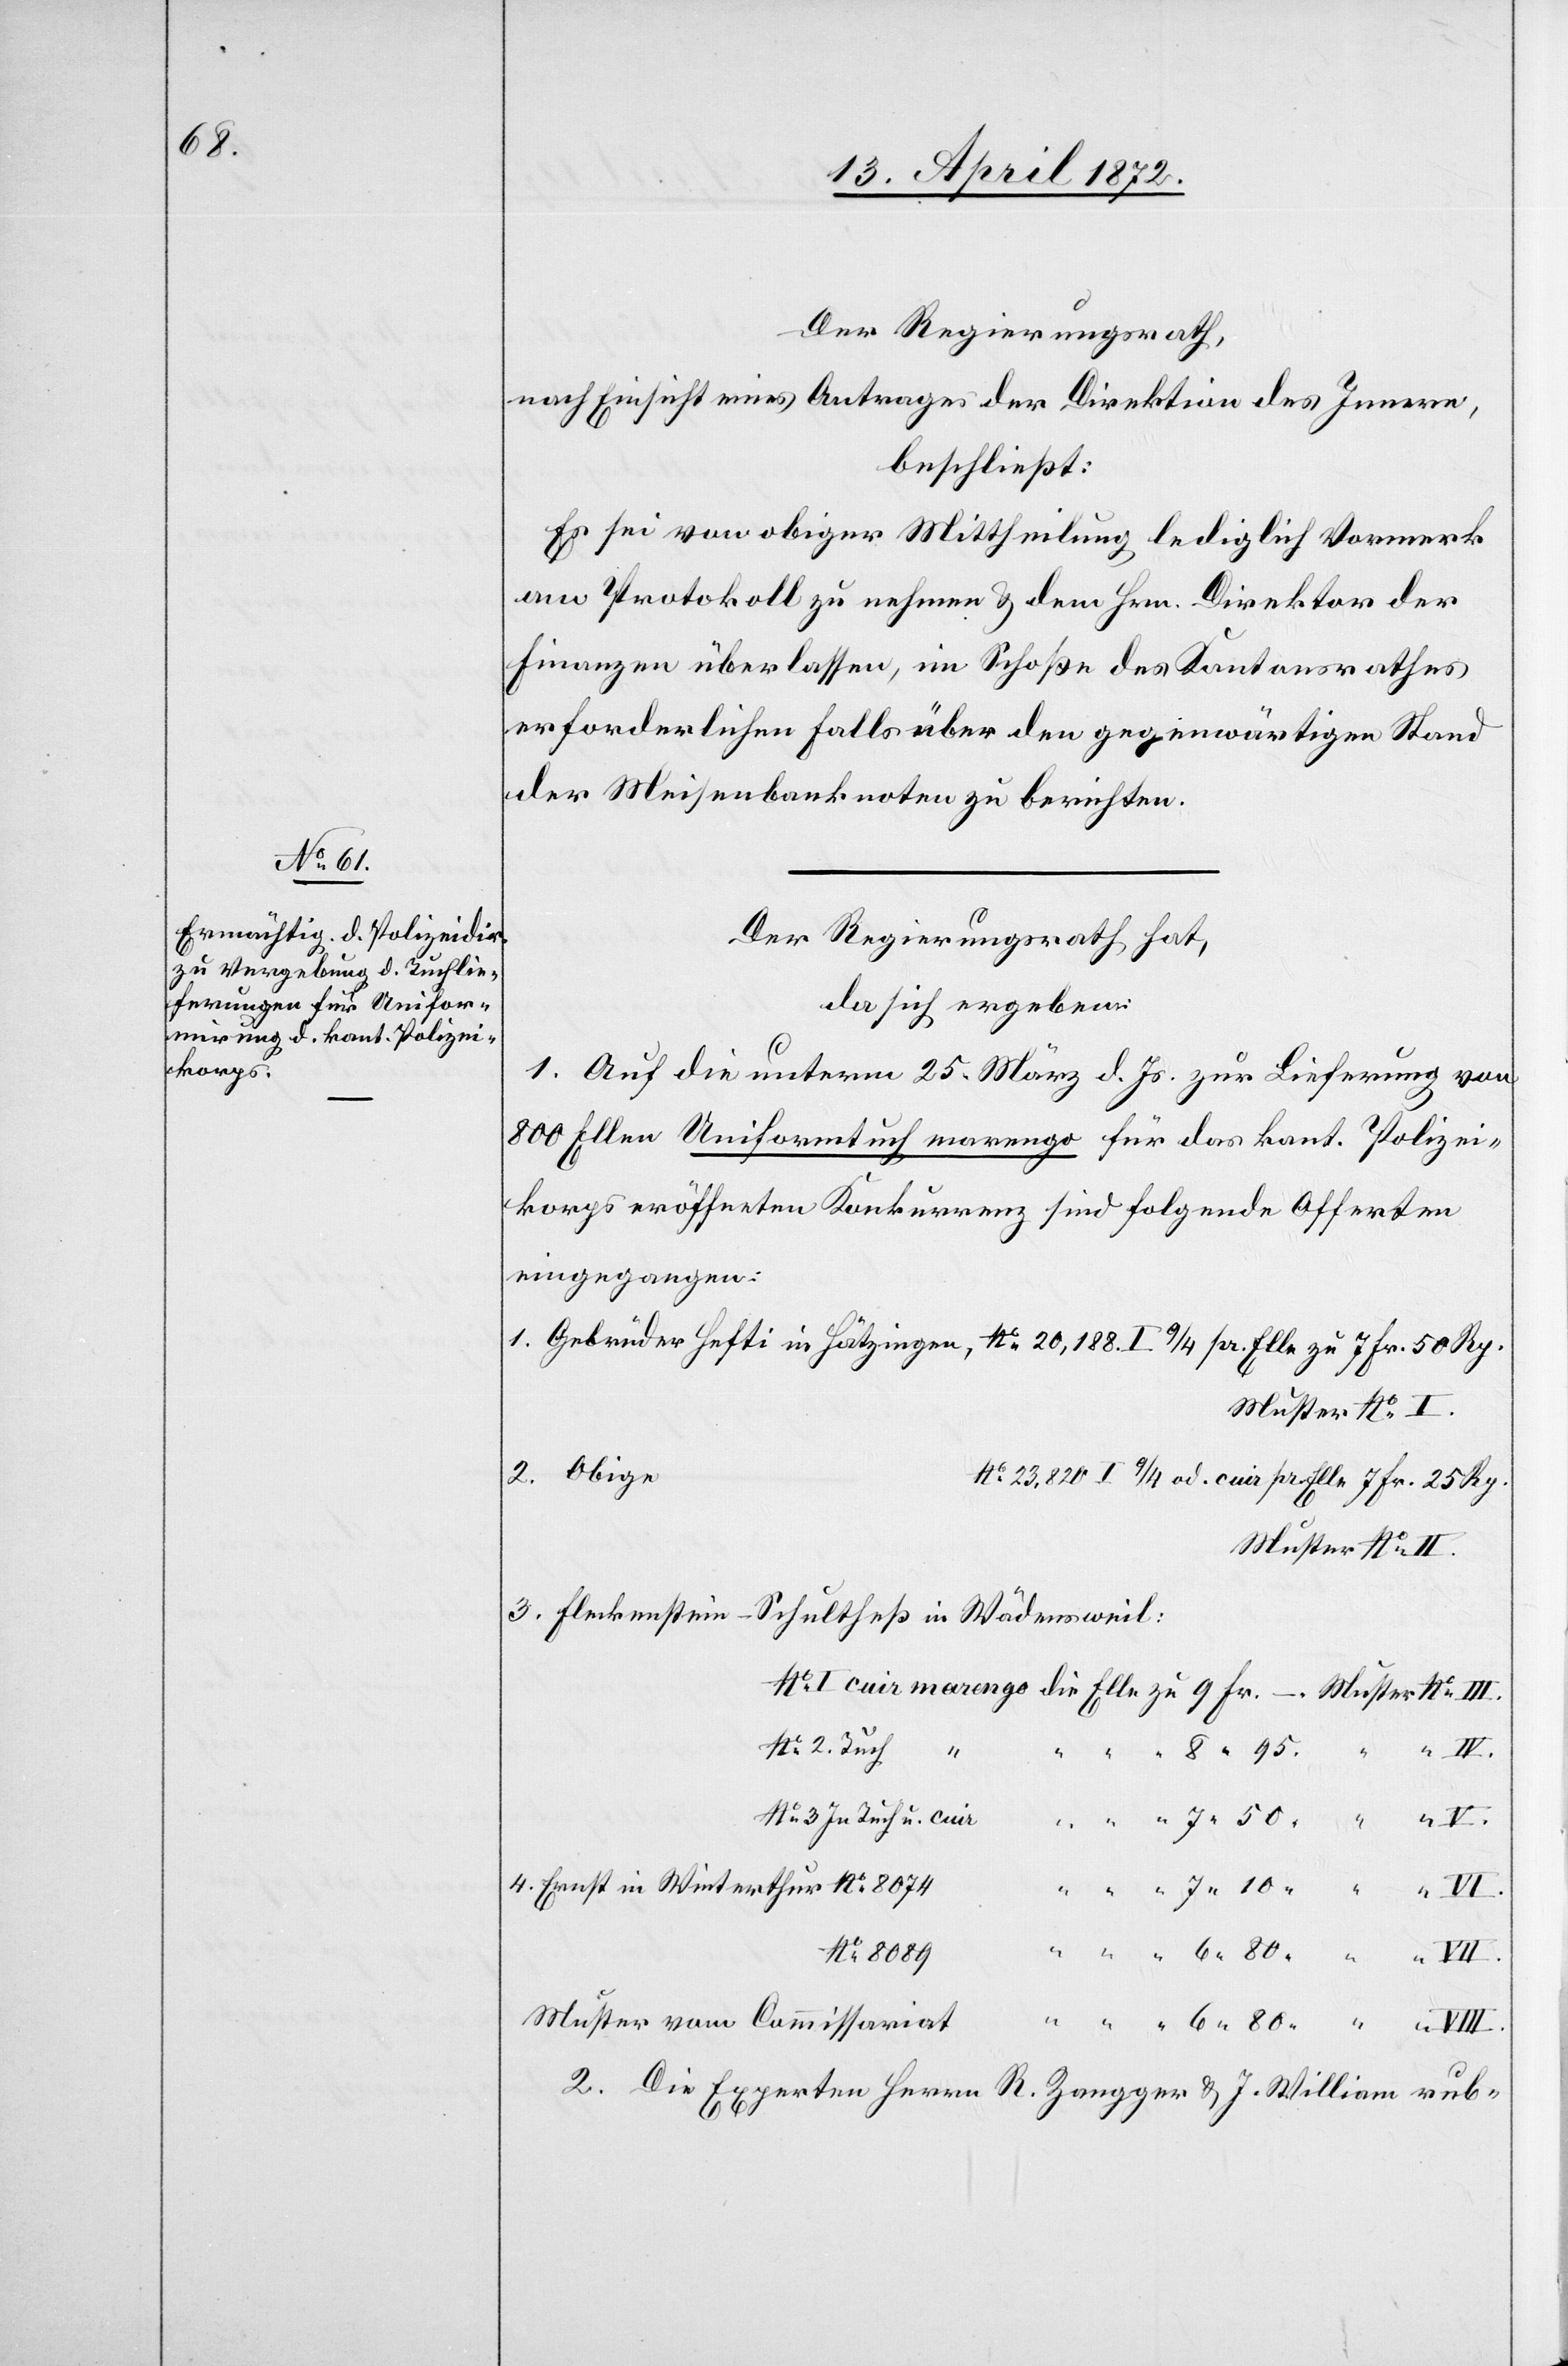
No 2.

Der Regierungsrath,
nach Einsicht eines Antrages der Direktion des Innern,
beschließt:
Es sei von obiger Mittheilung lediglich Vormerk
am Protokoll zu nehmen u. dem Hrn. Direktor der
Finanzen überlassen, im Schoße des Kantonsrathes
erforderlichen Falls über den gegenwärtigen Stand
der Meisenbanknoten zu berichten.
Der Regierungsrath hat,
da sich ergeben:
80.
1. Auf die unterm 25. März d. Js. zur Lieferung von
800 Ellen Uniformtuch marengo für das kant. Polizei¬
korps eröffneten Konkurrenz sind die folgenden Offerten
eingegangen:
Muster
Fleckenstein-Schulthess in Wädensweil:
8 “ 95.
No 3 In Tuch u. cuir
No 8089
Muster vom Commissariat
2. Die Experten Herrn R. Zangger u. J. William rub-